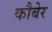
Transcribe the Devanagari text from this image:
कौबेर